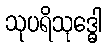
သုပရိသုဒ္ဓေါ